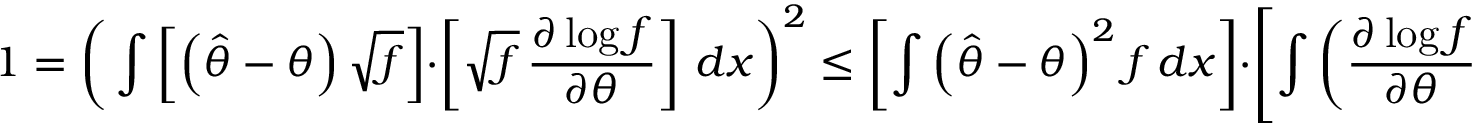
1 = { \biggl ( } \int \left[ \left( { \hat { \theta } } - \theta \right) { \sqrt { f } } \right] \cdot \left[ { \sqrt { f } } \, { \frac { \partial \log f } { \partial \theta } } \right] \, d x { \biggr ) } ^ { 2 } \leq \left[ \int \left( { \hat { \theta } } - \theta \right) ^ { 2 } f \, d x \right] \cdot \left[ \int \left( { \frac { \partial \log f } { \partial \theta } } \right) ^ { 2 } f \, d x \right] .